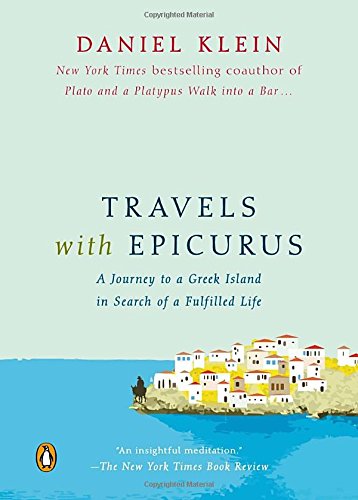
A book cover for Travels with Epicurus: A Journey to a Greek Island in Search of a Fulfilled Life; Daniel Klein; Politics & Social Sciences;